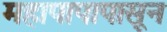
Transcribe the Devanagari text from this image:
महापापापासून